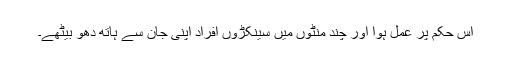
اس حکم پر عمل ہوا اور چند منٹوں میں سینکڑوں افراد اپنی جان سے ہاتھ دھو بیٹھے۔